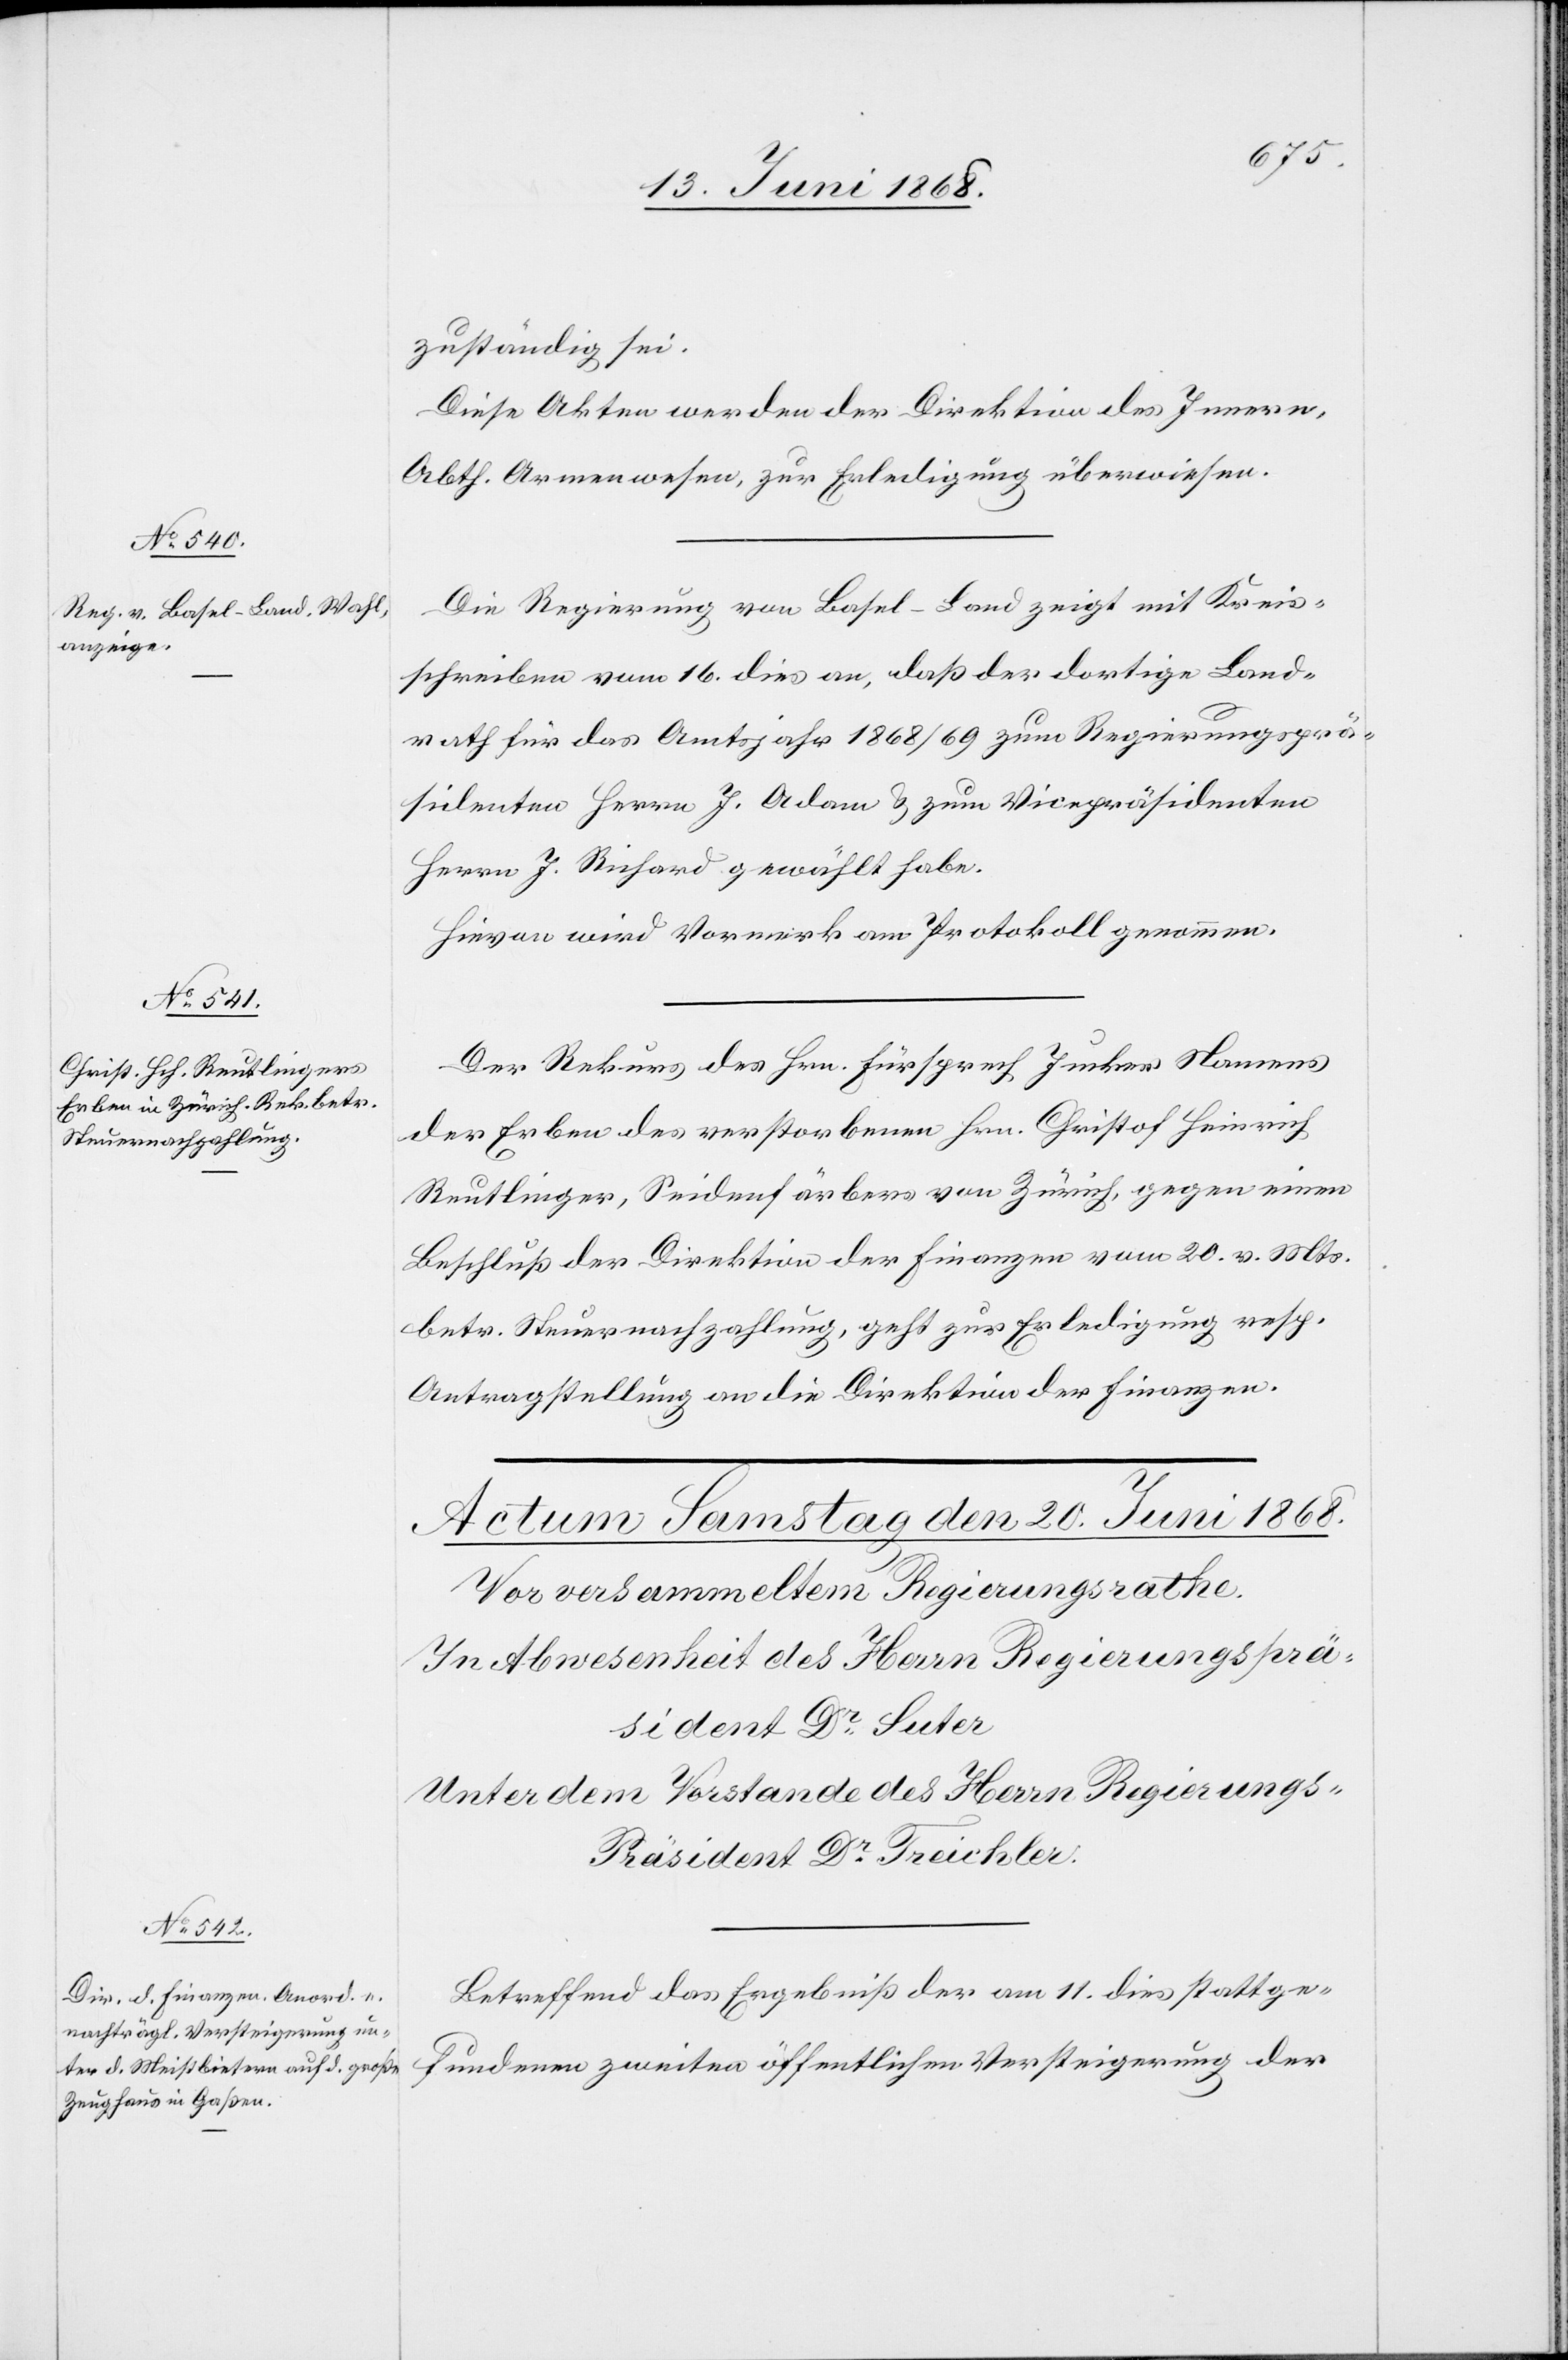
19. Juni 1868.]
zuständig sei.
Diese Akten werden der Direktion des Innern,
Abth. Armenwesen, zur Erledigung überwiesen.
Die Regierung von Basel-Land zeigt mit Kreis¬
schreiben vom 16. dies an, daß der dortige Land¬
rath für das Amtsjahr 1868/69 zum Regierungsprä¬
sidenten Herrn J. Adam & zum Vicepräsidenten
Herrn J. Richard gewählt habe.
Hievon wird Vormerk am Protokoll genommen.
Der Rekurs des Hrn. Fürsprech Jucker Namens
der Erben des verstorbenen Hrn. Christof Heinrich
Reutlinger, Seidenfärbers von Zürich, gegen einen
Beschluß der Direktion der Finanzen vom 20. v. Mts.
betr. Steuernachzahlung, geht zur Erledigung resp.
Antragstellung an die Direktion der Finanzen.
Betreffend das Ergebniß der am 11. dies stattge¬
fundenen zweiten öffentlichen Versteigerung der